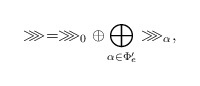
\begin{align*}\ggg=\ggg_0 \oplus \bigoplus_{\alpha\in \Phi'_e} \ggg_\alpha,\end{align*}